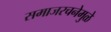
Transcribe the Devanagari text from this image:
समाजरचनेमुळे